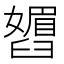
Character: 𬛾